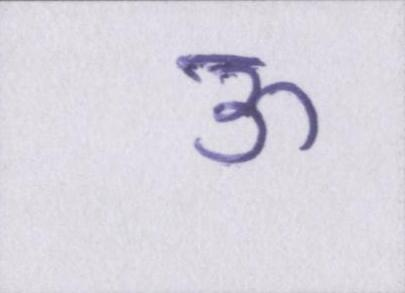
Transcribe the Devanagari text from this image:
ऊ